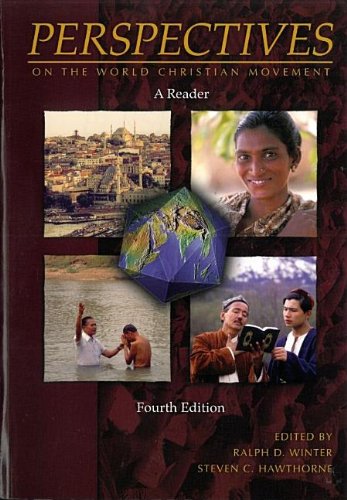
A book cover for Perspectives on the World Christian Movement: A Reader (Perspectives); Christian Books & Bibles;